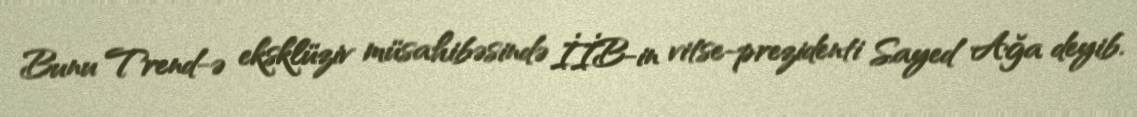
Bunu Trend-ə eksklüziv müsahibəsində İİB-in vitse-prezidenti Sayed Ağa deyib.